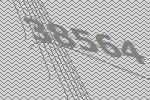
38564